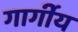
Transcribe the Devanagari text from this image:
गार्गीय